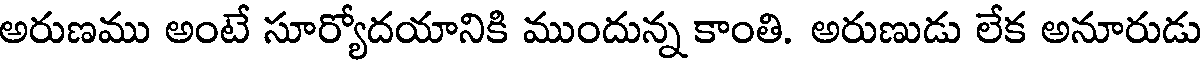
అరుణము అంటే సూర్యోదయానికి ముందున్న కాంతి. అరుణుడు లేక అనూరుడు